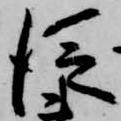
従